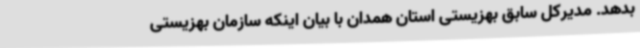
بدهد. مدیرکل سابق بهزیستی استان همدان با بیان اینکه سازمان بهزیستی